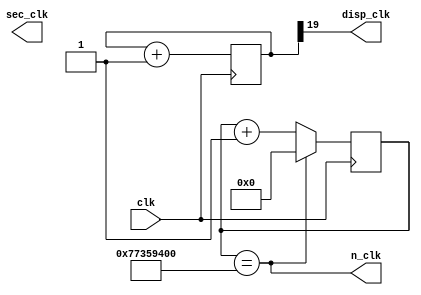
`timescale 1ns / 1ps
//////////////////////////////////////////////////////////////////////////////////
// Company: 
// Engineer: 
// 
// Design Name: 
// Module Name: clk_div
// Project Name: 
// Target Devices: 
// Tool Versions: 
// Description: 
// 
// Dependencies: 
// 
// Revision:
// Revision 0.01 - File Created
// Additional Comments:
// 
//////////////////////////////////////////////////////////////////////////////////


module clk_div(
    input clk,
    output disp_clk,
    output sec_clk,
    output n_clk
    );
    
    reg [19:0] COUNT; //  100*10^6 / 2^20 = 95.3 Hz, higher than 60Hz
                      //  not so high that it causes screen flickering
            
    reg [26:0] SEC_COUNT;  //   1 second per clk
                           
    reg [25:0] ROT_COUNT;  //   2 seconds per clk
           //reg [1:0] COUNT; 
    reg [30:0] N_COUNT;
    //reg N_COUNT;        
            
            assign disp_clk = COUNT[19]; // real
            
            assign n_clk = (N_COUNT == 31'd2000000000);
            //assign n_clk = (N_COUNT);
            //assign d_clk = COUNT[1]; // simulation 
            
            initial begin
            N_COUNT <= 0;
            COUNT <= 0;
            SEC_COUNT <= 0;
            end
            
            
            always @ (posedge clk)
                begin
                if( SEC_COUNT == 50000000 )
                    SEC_COUNT <= 0;
                else SEC_COUNT <= SEC_COUNT + 1;
                COUNT <= COUNT + 1;
                if( N_COUNT == 2000000000 ) //  2000000000
                    N_COUNT <= 0;
                else N_COUNT <= N_COUNT + 1;
            
            end 
    
    
endmodule